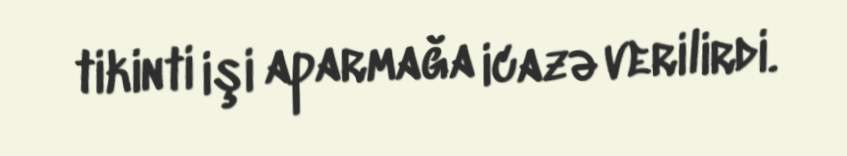
tikinti işi aparmağa icazə verilirdi.